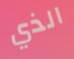
الذي